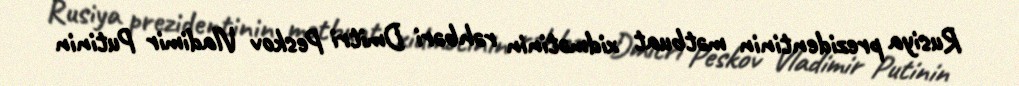
Rusiya prezidentinin mətbuat xidmətinin rəhbəri Dmitri Peskov Vladimir Putinin